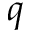
q